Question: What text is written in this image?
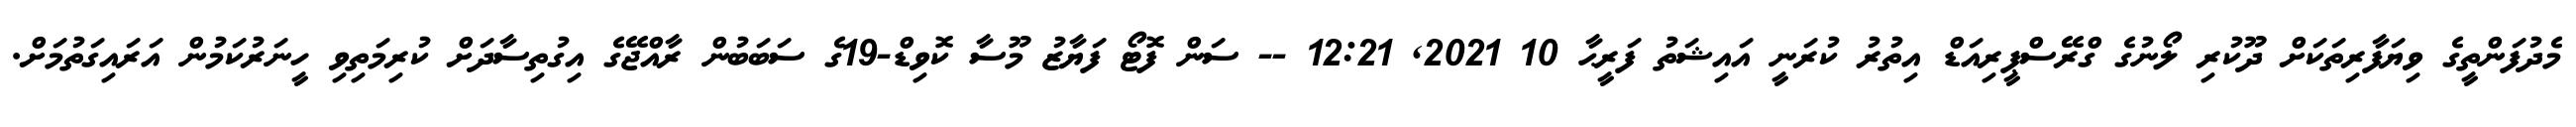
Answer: މެދުފަންތީގެ ވިޔަފާރިތަކަށް ދޫކުރި ލޯނުގެ ގްރޭސްޕީރިއަޑް އިތުރު ކުރަނީ އައިޝަތު ފަރީޙާ 10 2021, 12:21 -- ސަން ފޮޓޯ ފަޔާޒު މޫސާ ކޮވިޑް-19ގެ ސަބަބުން ރާއްޖޭގެ އިގުތިސާދަށް ކުރިމަތިވި ހީނަރުކަމުން އަރައިގަތުމަށް.